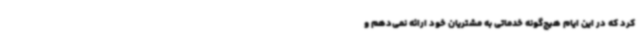
کرد که در این ایام هیچ‌گونه خدماتی به مشتریان خود ارائه نمی‌دهم و